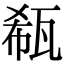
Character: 瓻